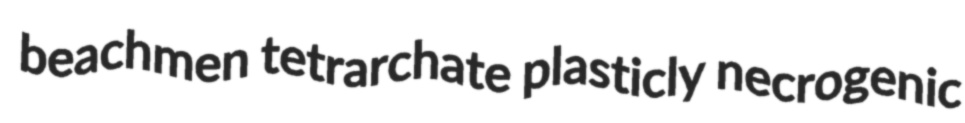
beachmen tetrarchate plasticly necrogenic